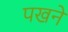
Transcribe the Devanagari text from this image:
पखने